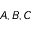
A , B , C